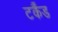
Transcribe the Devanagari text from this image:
टर्कैंड